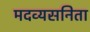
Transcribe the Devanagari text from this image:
मदव्यसनिता